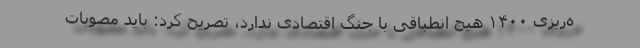
ه‌ریزی ۱۴۰۰ هیچ انطباقی با جنگ اقتصادی ندارد، تصریح کرد: باید مصوبات